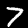
Digit: 7